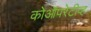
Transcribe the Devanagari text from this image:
कोऑपरेटीव्ह